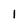
Character: 1